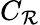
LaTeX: C_{\mathcal{R}}